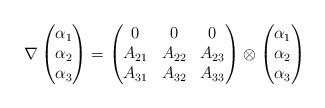
LaTeX: \begin{align*}\nabla \left(\begin{matrix}\alpha_1 \\\alpha_2 \\\alpha_3\end{matrix} \right) = \left(\begin{matrix}0 & 0 & 0 \\A_{21} & A_{22} & A_{23} \\A_{31} & A_{32} & A_{33} \end{matrix} \right) \otimes \left(\begin{matrix}\alpha_1 \\\alpha_2 \\\alpha_3\end{matrix} \right)\end{align*}